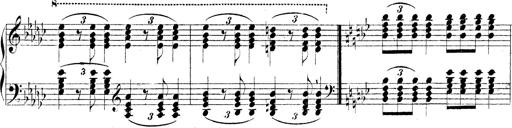
Title: Technische Studien
Composer: Franz Liszt